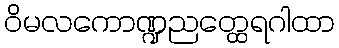
ဝိမလကောဏ္ဍညတ္ထေရဂါထာ